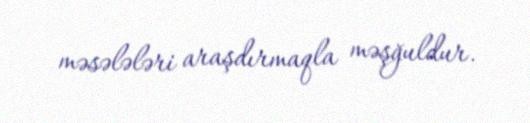
məsələləri araşdırmaqla məşğuldur.